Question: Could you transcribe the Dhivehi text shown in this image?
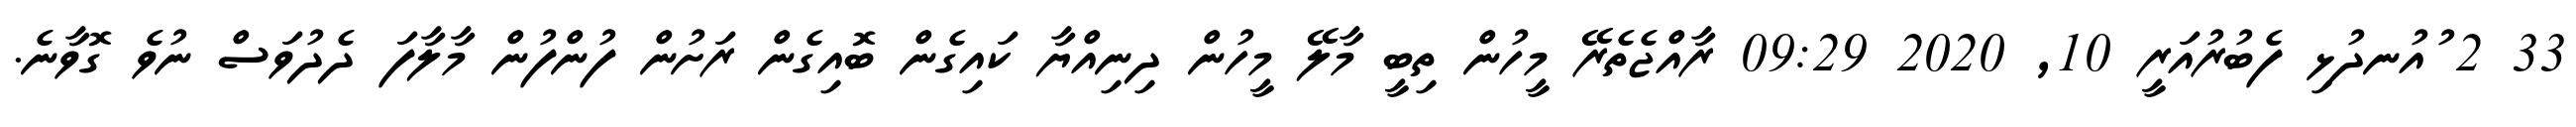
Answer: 33 2 ުއުނދުޅި ފެބުރުއަރީ 10, 2020 09:29 ރާއްޖެތެރޭ މީހުން ތިބީ މާލޭ މީހުން ދިނިއްޔާ ކައިގެން ބޮއިގެން ރަށުން ފުންފުން މާލާފަ ދެދުވަސް ނުވެ ގޮވާނެ.